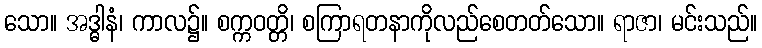
သော။ အဒ္ဓါနံ၊ ကာလ၌။ စက္ကဝတ္တိ၊ စကြာရတနာကိုလည်စေတတ်သော။ ရာဇာ၊ မင်းသည်။